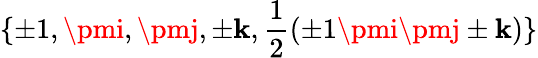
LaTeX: \{ \pm1,\pmi,\pmj,\pm\mathbf{k},{\frac{{1}}{{2}}}(\pm1\pmi\pmj\pm\mathbf{k})\}